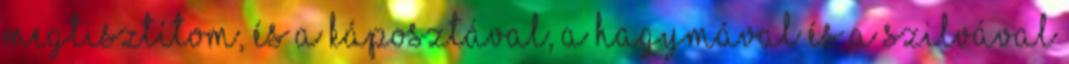
megtisztítom, és a káposztával, a hagymával és a szilvával